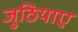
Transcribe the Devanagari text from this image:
जुठियाए